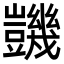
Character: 𧰙